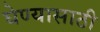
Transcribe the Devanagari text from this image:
घेण्‍यासाठी